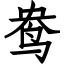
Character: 鸯